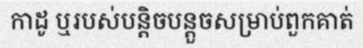
កាដូ ឬរបស់បន្តិចបន្តួចសម្រាប់ពួកគាត់